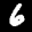
Label: 6